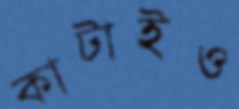
কাটাইও